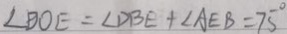
\angle B O E = \angle D B E + \angle A E B = 7 5 ^ { \circ }